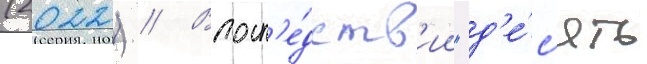
(2022) // Впосл'е́дств'ии "д'е́с'ять